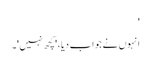
'
انہوں نے جواب دیا، 'کچھ نہیں'۔